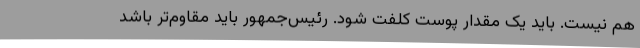
هم نیست. باید یک مقدار پوست کلفت شود. رئیس‌جمهور باید مقاوم‌تر باشد